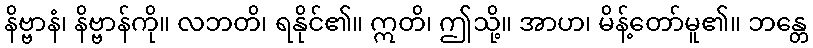
နိဗ္ဗာနံ၊ နိဗ္ဗာန်ကို။ လဘတိ၊ ရနိုင်၏။ ဣတိ၊ ဤသို့။ အာဟ၊ မိန့်တော်မူ၏။ ဘန္တေ